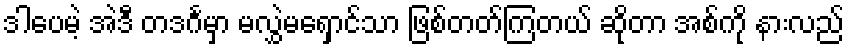
ဒါပေမဲ့ အဲဒီ တဒင်္ဂမှာ မလွှဲမရှောင်သာ ဖြစ်တတ်ကြတယ် ဆိုတာ အစ်ကို နားလည်